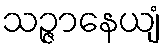
သဉ္ဇာနေယျံ